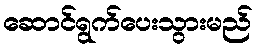
ဆောင်ရွက်ပေးသွားမည်